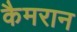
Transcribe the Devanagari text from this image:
कैमरान